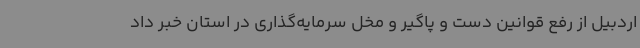
اردبیل از رفع قوانین دست و پاگیر و مخل سرمایه‌گذاری در استان خبر داد